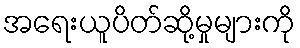
အရေးယူပိတ်ဆို့မှုများကို